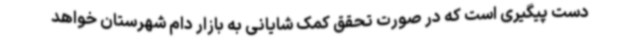
دست پیگیری است که در صورت تحقق کمک شایانی به بازار دام شهرستان خواهد